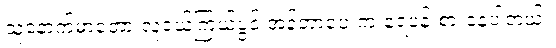
သူ့နောက်မှာတော့ လူငယ်ကြယ်ပွင့် အန်ဘာပေးက ရေပန်းစားနေပါတယ်။